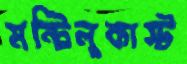
মন্টিলুকাস্ট